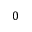
0